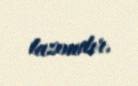
lazımdır.